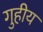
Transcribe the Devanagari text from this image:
गुहीय